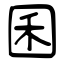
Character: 囷